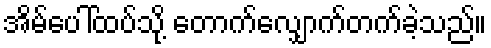
အိမ်ပေါ်ထပ်သို့ တောက်လျှောက်တက်ခဲ့သည်။